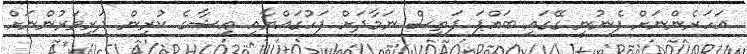
އަހަރެންނަށް ފެނުނީ ގޭގައި ބައްޕަ ފަތިސް ނަމާދަށް ފަހުގައްޔާއި ޢިޝާގެ ކުރިން ދަރިވަރުންނަށް